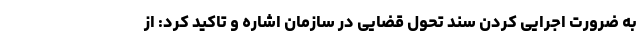
به ضرورت اجرایی کردن سند تحول قضایی در سازمان اشاره و تاکید کرد: از